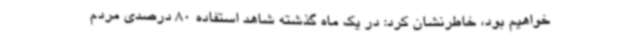
خواهیم بود، خاطرنشان کرد: در یک ماه گذشته شاهد استفاده 80 درصدی مردم